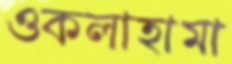
ওকলাহামা